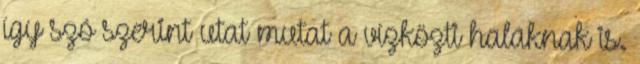
így szó szerint utat mutat a vízközti halaknak is.